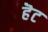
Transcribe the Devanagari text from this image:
हॆट